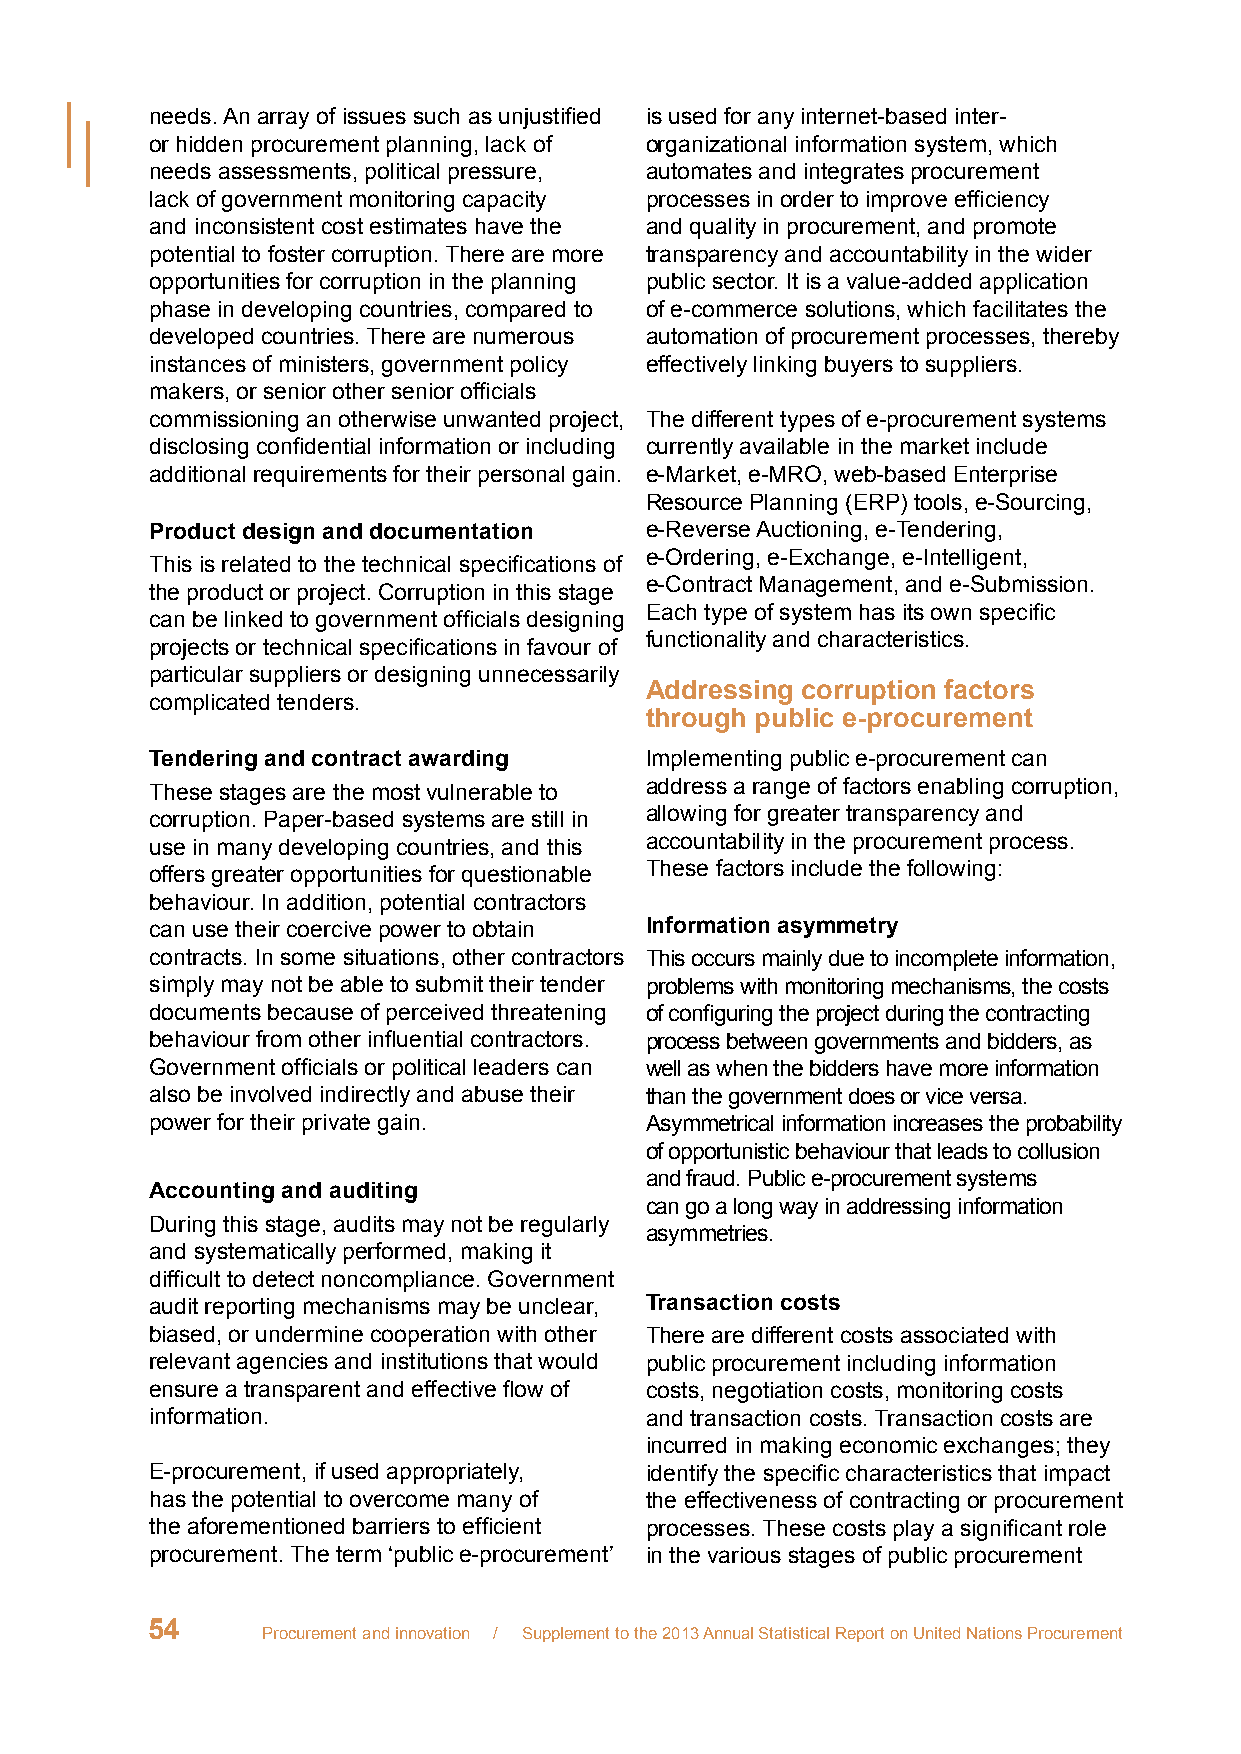
needs. An array of issues such as unjustified is used for any internet-based inter-
 or hidden procurement planning, lack of organizational information system, which
 needs assessments, political pressure, automates and integrates procurement
 lack of government monitoring capacity processes in order to improve efficiency
 and inconsistent cost estimates have the and quality in procurement, and promote
 potential to foster corruption. There are more transparency and accountability in the wider
 opportunities for corruption in the planning public sector. It is a value-added application
 phase in developing countries, compared to of e-commerce solutions, which facilitates the
 developed countries. There are numerous automation of procurement processes, thereby
 instances of ministers, government policy effectively linking buyers to suppliers.
 makers, or senior other senior officials
 commissioning an otherwise unwanted project, The different types of e-procurement systems
 disclosing confidential information or including currently available in the market include
 additional requirements for their personal gain. e-Market, e-MRO, web-based Enterprise
 Resource Planning (ERP) tools, e-Sourcing,
 Product design and documentation e-Reverse Auctioning, e-Tendering,
 e-Ordering, e-Exchange, e-Intelligent,
 This is related to the technical specifications of
 e-Contract Management, and e-Submission.
 the product or project. Corruption in this stage
 Each type of system has its own specific
 can be linked to government officials designing
 functionality and characteristics.
 projects or technical specifications in favour of
 particular suppliers or designing unnecessarily
 Addressing corruption factors
 complicated tenders.
 through public e-procurement
 Tendering and contract awarding  Implementing public e-procurement can
 These stages are the most vulnerable to address a range of factors enabling corruption,
 corruption. Paper-based systems are still in allowing for greater transparency and
 use in many developing countries, and this accountability in the procurement process.
 offers greater opportunities for questionable These factors include the following:
 behaviour. In addition, potential contractors
 can use their coercive power to obtain Information asymmetry
 contracts. In some situations, other contractors This occurs mainly due to incomplete information,
 simply may not be able to submit their tender problems with monitoring mechanisms, the costs
 documents because of perceived threatening of configuring the project during the contracting
 behaviour from other influential contractors. process between governments and bidders, as
 Government officials or political leaders can well as when the bidders have more information
 also be involved indirectly and abuse their than the government does or vice versa.
 power for their private gain.    Asymmetrical information increases the probability
 of opportunistic behaviour that leads to collusion
 and fraud. Public e-procurement systems
 Accounting and auditing
 can go a long way in addressing information
 During this stage, audits may not be regularly
 asymmetries.
 and systematically performed, making it
 difficult to detect noncompliance. Government
 audit reporting mechanisms may be unclear, Transaction costs
 biased, or undermine cooperation with other There are different costs associated with
 relevant agencies and institutions that would public procurement including information
 ensure a transparent and effective flow of costs, negotiation costs, monitoring costs
 information.                     and transaction costs. Transaction costs are
 incurred in making economic exchanges; they
 E-procurement, if used appropriately, identify the specific characteristics that impact
 has the potential to overcome many of the effectiveness of contracting or procurement
 the aforementioned barriers to efficient processes. These costs play a significant role
 procurement. The term ‘public e-procurement’ in the various stages of public procurement
 54
 Procurement and innovation / Supplement to the 2013 Annual Statistical Report on United Nations Procurement